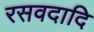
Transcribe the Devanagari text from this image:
रसवदादि